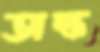
অক্ষ